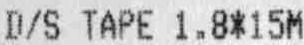
D/S TAPE 1.8*15M